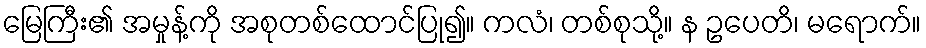
မြေကြီး၏ အမှုန့်ကို အစုတစ်ထောင်ပြု၍။ ကလံ၊ တစ်စုသို့။ န ဥပေတိ၊ မရောက်။